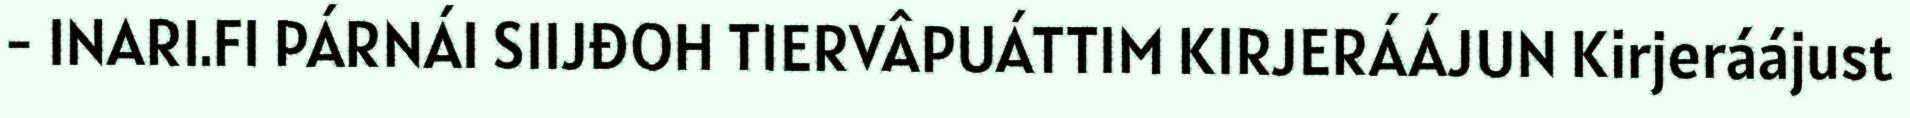
- INARI.FI PÁRNÁI SIIJĐOH TIERVÂPUÁTTIM KIRJERÁÁJUN Kirjeráájust